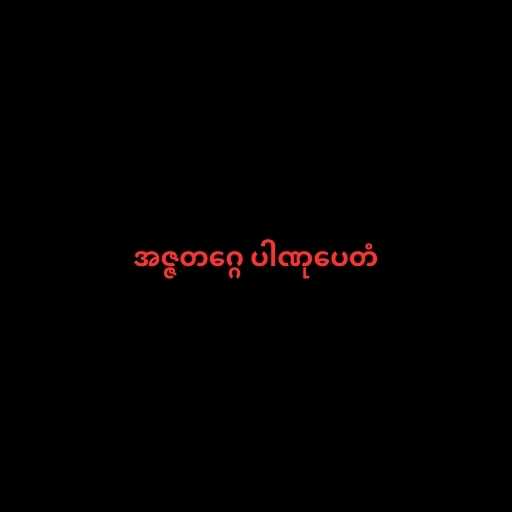
အဇ္ဇတဂ္ဂေ ပါဏုပေတံ